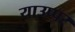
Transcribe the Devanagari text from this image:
याउप्पर